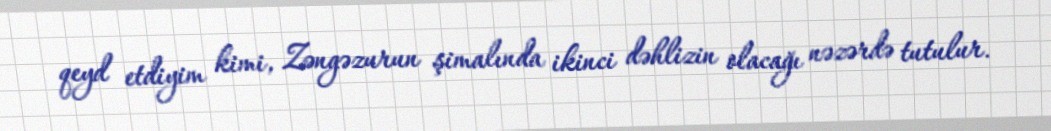
qeyd etdiyim kimi, Zəngəzurun şimalında ikinci dəhlizin olacağı nəzərdə tutulur.